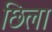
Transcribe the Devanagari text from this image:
छिला